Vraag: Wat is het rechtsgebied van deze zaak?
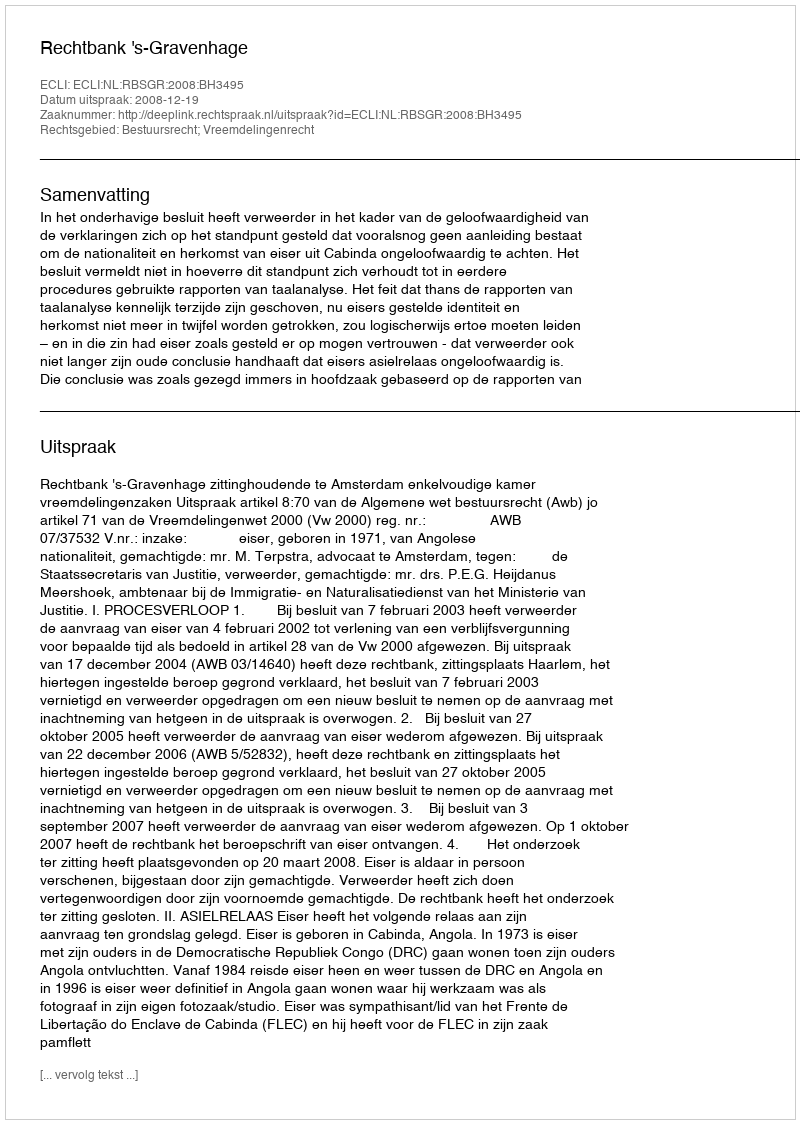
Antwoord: Bestuursrecht; Vreemdelingenrecht